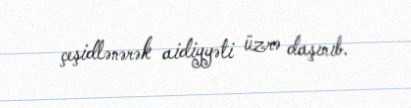
çeşidlənərək aidiyyəti üzrə daşınıb.